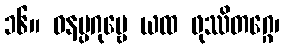
၁၆။ ဝနပ္ပဂုမ္ဗေ ယထ ဖုဿိတဂ္ဂေ၊